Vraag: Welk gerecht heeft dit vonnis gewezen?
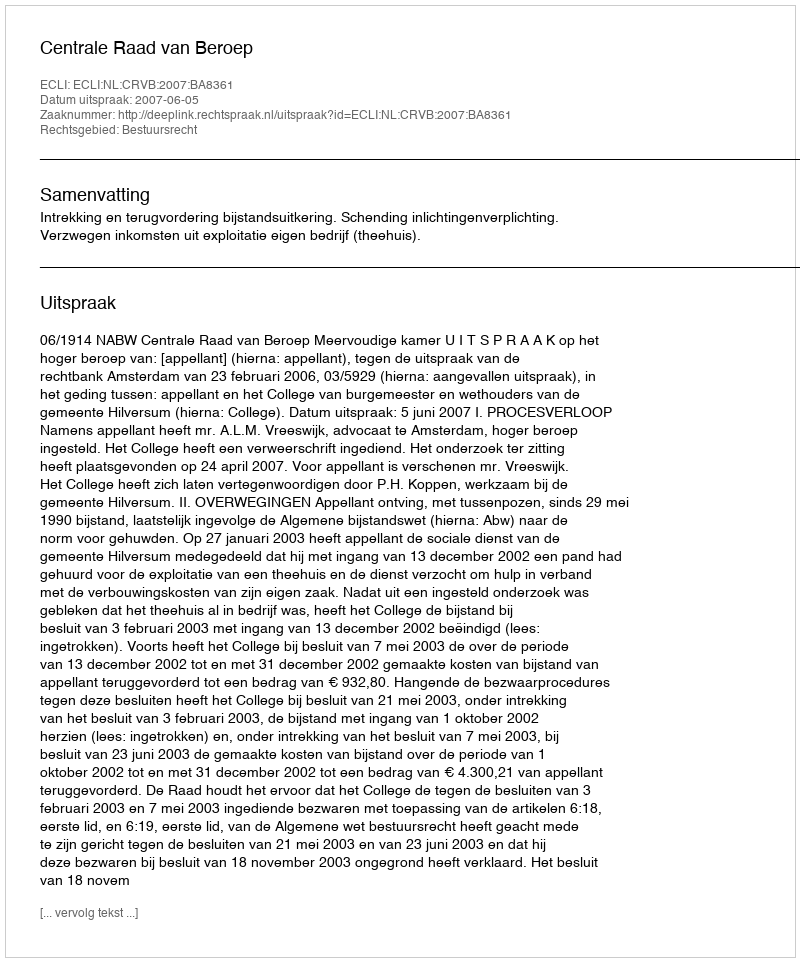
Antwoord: Centrale Raad van Beroep